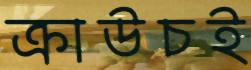
ক্রাউচই